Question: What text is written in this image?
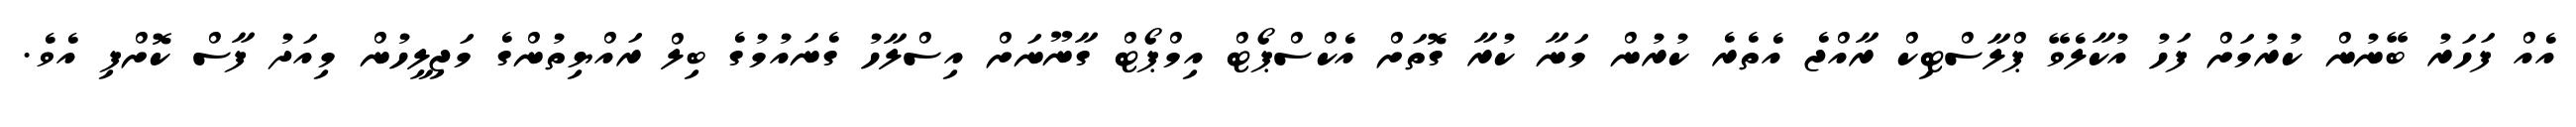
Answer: އެއް ފަހަރު ބޭނުން ކުރުމަށް ފަހު އުކާލެވޭ ޕްލާސްޓިކް ރާއްޖެ އެތެރެ ކުރުން މަނާ ކުރާ ގޮތަށް އެކްސްޕޯޓް އިމްޕޯޓް ގާނޫނަށް އިސްލާހު ގެނައުމުގެ ބިލް ރައްޔިތުންގެ މަޖިލީހުން މިއަދު ފާސް ކޮށްފި އެވެ.